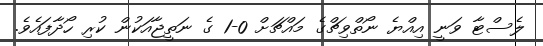
ލެސްޓާ ވަނީ އިއްޔެ ނޯތްވިޗްގެ މައްޗަށް 0-1 ގެ ނަތީޖާއަކުން ކުރި ހޯދާފައެވެ.